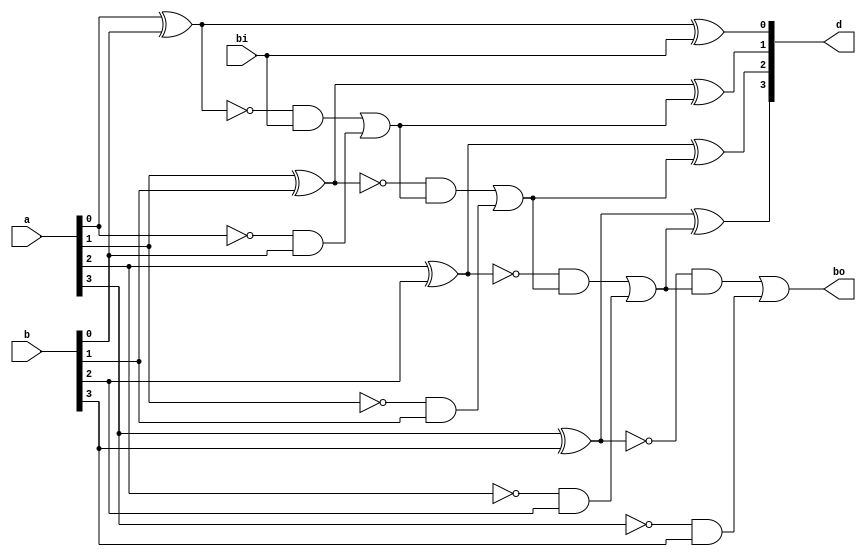
`timescale 1ns / 1ps
//////////////////////////////////////////////////////////////////////////////////
// Company: 
// Engineer: 
// 
// Design Name: 
// Module Name: sub4
// Project Name: 
// Target Devices: 
// Tool Versions: 
// Description: 
// 
// Dependencies: 
// 
// Revision:
// Revision 0.01 - File Created
// Additional Comments:
// 
//////////////////////////////////////////////////////////////////////////////////


module sub4(
input [3:0]a,
input [3:0]b,
input bi,
output [3:0]d,
output bo

    );
    wire b1,b2,b3; 
 
    assign b1 = (~(a[0]^b[0]) &bi) | ~a[0]&b[0];
    assign b2 = (~(a[1]^b[1]) &b1) | ~a[1]&b[1];
    assign b3 = (~(a[2]^b[2]) &b2) | ~a[2]&b[2];
    assign bo = (~(a[3]^b[3]) &b3) | ~a[3]&b[3];
    
    assign d[0] = a[0]^b[0]^bi;
    assign d[1] = a[1]^b[1]^b1;
    assign d[2] = a[2]^b[2]^b2;
    assign d[3] = a[3]^b[3]^b3;   
    
endmodule